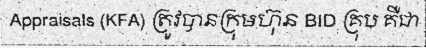
Appraisals (KFA) ត្រូវបានក្រុមហ៊ុន BID គ្រុប គឺជា